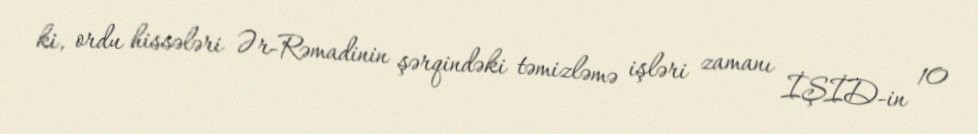
ki, ordu hissələri Ər-Rəmadinin şərqindəki təmizləmə işləri zamanı İŞİD-in 10